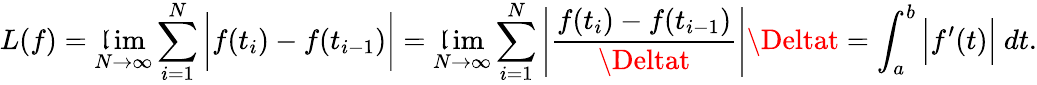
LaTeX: L(f)=\operatorname*{\mathfrak{l}im}_{N\to\infty}\sum_{i=1}^{N}{\bigg|}f(t_{i})-f(t_{i-1}){\bigg|}=\operatorname*{\mathfrak{l}im}_{N\to\infty}\sum_{i=1}^{N}\left|{\frac{{f(t_{i})-f(t_{i-1})}}{{\Deltat}}}\right|\Deltat=\int_{a}^{b}{\Big|}f^{\prime}(t){\Big|}\ dt.